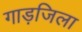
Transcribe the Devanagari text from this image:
गाड़जिला